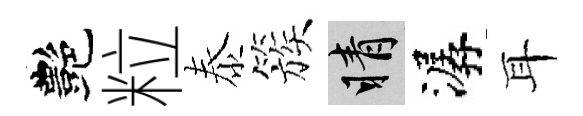
艷粒泰簇睛潺耳